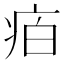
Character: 𭼈